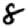
Digit: 8